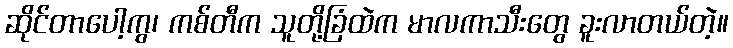
ဆိုင်တာပေါ့ကွ၊ ကစ်တီက သူတို့ခြံထဲက မာလကာသီးတွေ ခူးလာတယ်တဲ့။